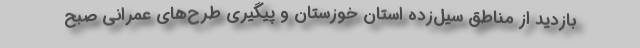
بازدید از مناطق سیل‌زده استان خوزستان و پیگیری طرح‌های عمرانی صبح